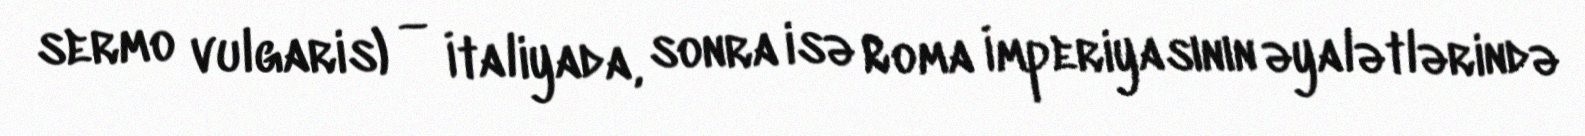
sermo vulgaris) — İtaliyada, sonra isə Roma İmperiyasının əyalətlərində